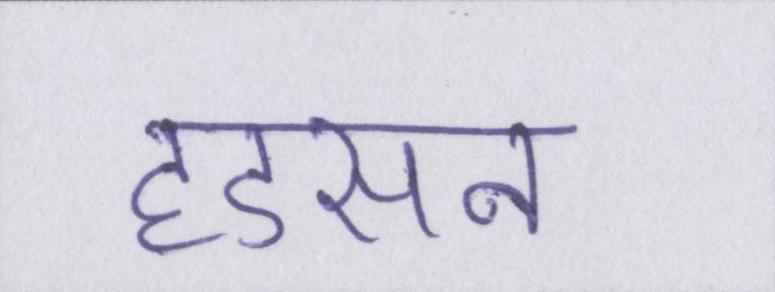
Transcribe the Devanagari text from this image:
हडसन